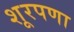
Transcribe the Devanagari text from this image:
शूरपणा